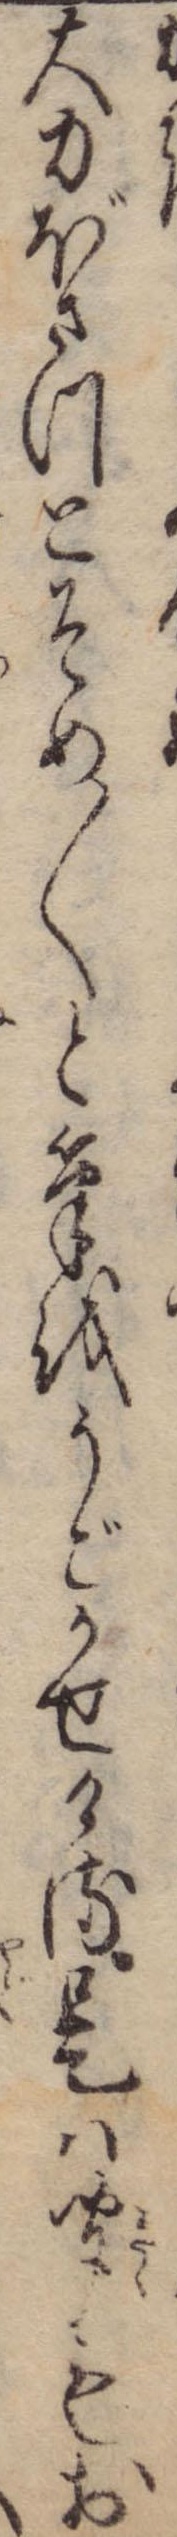
大力ぼさつとそめ〱と筆をうごかせける是は聞もお